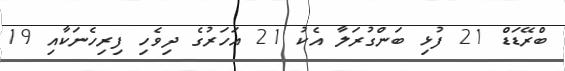
ބްރޭޑަޑް 21 ފުޅި ބަންގުރަލާ އެކު 21 އަހަރުގެ ދިވެހި ފިރިހެނަކާއި 19